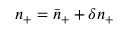
n _ { + } = \bar { n } _ { + } + \delta n _ { + }